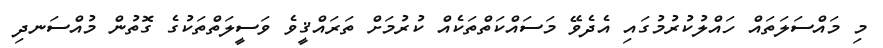
މި މައްސަލަތައް ހައްލުކުރުމުގައި އެދެވޭ މަސައްކަތްތަކެއް ކުރުމަށް ތަރައްޤީވެ ވަސީލަތްތަކުގެ ގޮތުން މުއްސަނދި